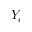
Y _ { c }